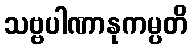
သဗ္ဗပါဏာနုကမ္ပတိ